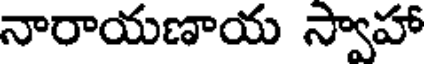
నారాయణాయ స్వాహా